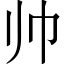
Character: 帅